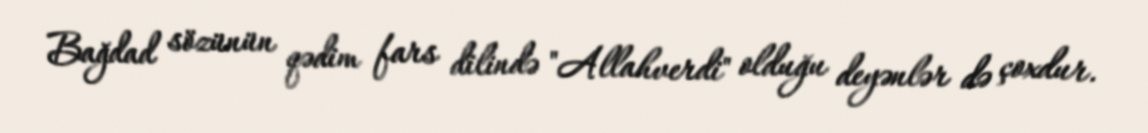
Bağdad sözünün qədim fars dilində "Allahverdi" olduğu deyənlər də çoxdur.